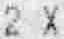
2 X